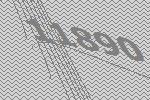
11890